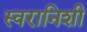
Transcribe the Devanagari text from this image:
स्वरानिशी